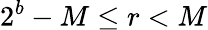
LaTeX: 2^{b}-M\leq r<M